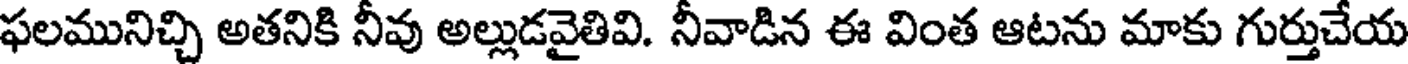
ఫలమునిచ్చి అతనికి నీవు అల్లుడవైతివి. నీవాడిన ఈ వింత ఆటను మాకు గుర్తుచేయ